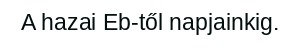
A hazai Eb-től napjainkig.